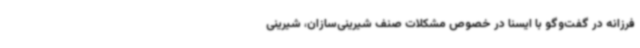
فرزانه در گفت‌وگو با ایسنا در خصوص مشکلات صنف شیرینی‌سازان، شیرینی